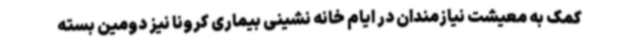
کمک به معیشت نیازمندان در ایام خانه نشینی بیماری کرونا نیز دومین بسته